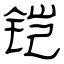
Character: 铠